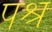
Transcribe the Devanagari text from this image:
पश्र